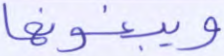
ويبغونها